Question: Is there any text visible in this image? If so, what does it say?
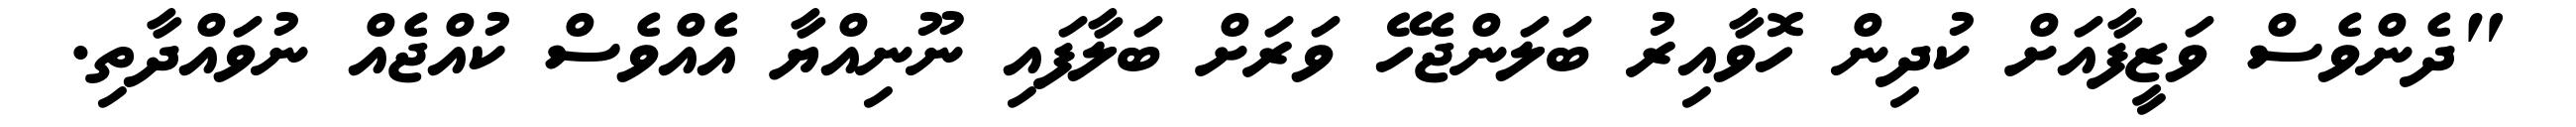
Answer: "ދެންވެސް ވަޒީފާއަށް ކުދިން ހޮވާއިރު ބަލަންޖެހޭ ވަރަށް ބަލާފައި ނޫނިއްޔާ އެއްވެސް ކުއްޖެއް ނުވައްދާތި.